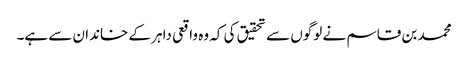
محمد بن قاسم نے لوگوں سے تحقیق کی کہ وہ واقعی داہر کے خاندان سے ہے۔